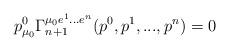
LaTeX: \begin{align*}p^0_{\mu_0}\Gamma_{n+1}^{\mu_0e^1...e^n}(p^0,p^1,...,p^n)=0\end{align*}